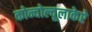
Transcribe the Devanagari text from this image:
कोन्वोल्वूलाकेऐ